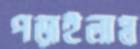
পড়াইলাম